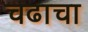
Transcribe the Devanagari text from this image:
चढाचा